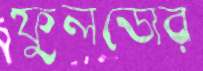
ফুলডোর